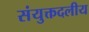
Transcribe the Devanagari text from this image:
संयुक्तदलीय